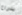
بذراع